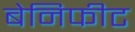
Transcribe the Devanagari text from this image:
बेनिफीट